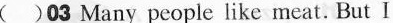
( )03 Many people like meat. But I